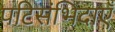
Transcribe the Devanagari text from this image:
पटिसंभिदाएँ